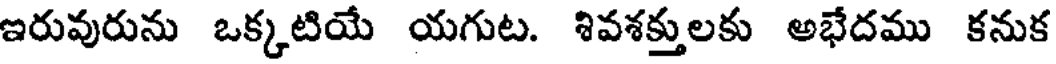
ఇరువురును ఒక్కటియే యగుట. శివశక్తులకు అభేదము కనుక